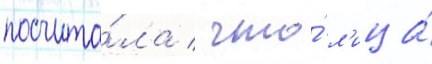
посчита́ла / что́ л'ица́